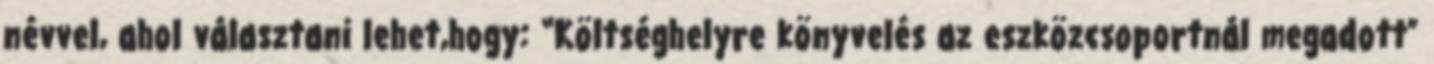
névvel, ahol választani lehet,hogy: “Költséghelyre könyvelés az eszközcsoportnál megadott”